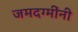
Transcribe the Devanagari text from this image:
जमदग्मींनी